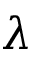
\lambda